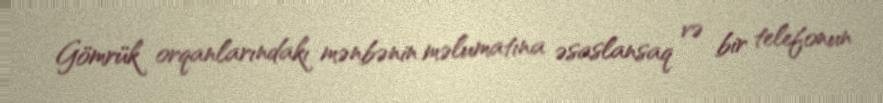
Gömrük orqanlarındakı mənbənin məlumatına əsaslansaq və bir telefonun